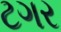
ટગર